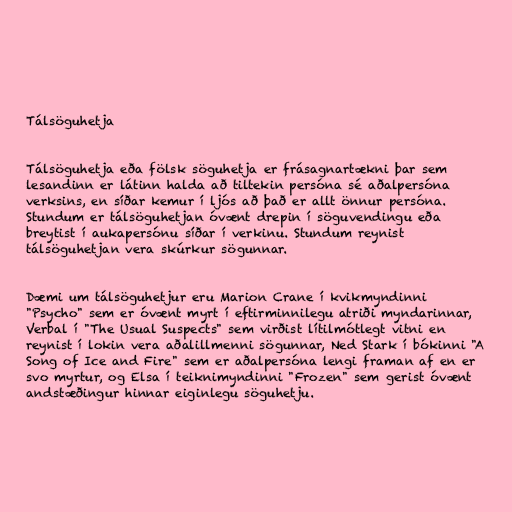
Tálsöguhetja

Tálsöguhetja eða fölsk söguhetja er frásagnartækni þar sem
lesandinn er látinn halda að tiltekin persóna sé aðalpersóna
verksins, en síðar kemur í ljós að það er allt önnur persóna.
Stundum er tálsöguhetjan óvænt drepin í söguvendingu eða
breytist í aukapersónu síðar í verkinu. Stundum reynist
tálsöguhetjan vera skúrkur sögunnar.

Dæmi um tálsöguhetjur eru Marion Crane í kvikmyndinni
"Psycho" sem er óvænt myrt í eftirminnilegu atriði myndarinnar,
Verbal í "The Usual Suspects" sem virðist lítilmótlegt vitni en
reynist í lokin vera aðalillmenni sögunnar, Ned Stark í bókinni "A
Song of Ice and Fire" sem er aðalpersóna lengi framan af en er
svo myrtur, og Elsa í teiknimyndinni "Frozen" sem gerist óvænt
andstæðingur hinnar eiginlegu söguhetju.